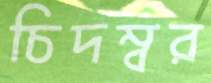
চিদম্বর